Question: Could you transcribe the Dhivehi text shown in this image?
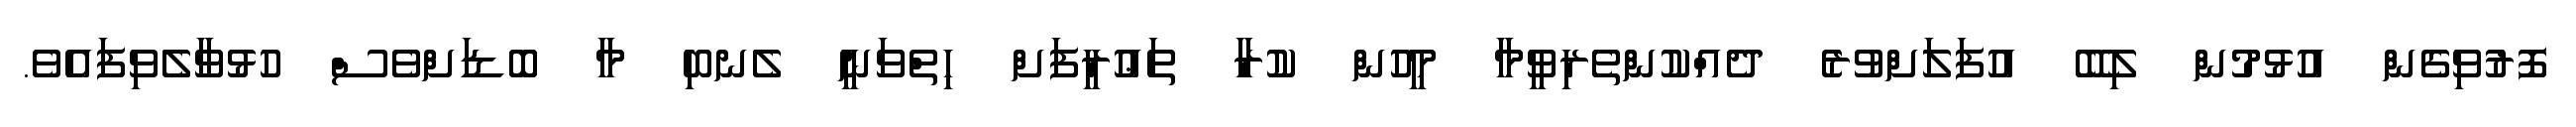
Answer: ފޮރުވިގެން އުޅުމުން ލިބޭ އުފަލަށްވުރެ ދެއްކުންތެރިވީމާ މީހުން ކުރާ ތަޢުރީފަށް ހިތްވަނީ ލެނބި މާ ބޮޑަށްވެސް ހުޅުވާލެވިފައެވެ.